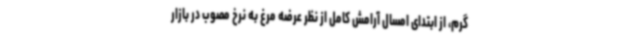
گرم، از ابتدای امسال آرامش کامل از نظر عرضه مرغ به نرخ مصوب در بازار